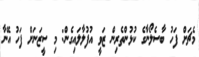
މެޗަށް ފަހު ބާސެލޯނާގެ ކުޅުންތެރިން ޒަވީ އުފުލާލައިގެން: މި ސީޒަނަށް ފަހު އޭނާ